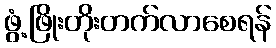
ဖွံ့ဖြိုးတိုးတက်လာစေရန်